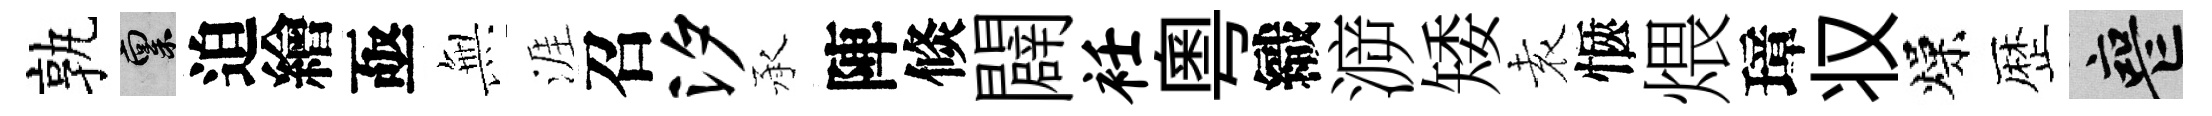
孰禀迫繪亟𭴾涯召汐承陣倐闢衽粵織㴑矮𡊮愜煨璋𠬧燥歴喪